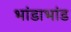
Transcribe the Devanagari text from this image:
भांडाभांड